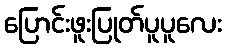
ပြောင်းဖူးပြုတ်ပူပူလေး